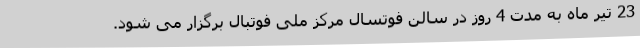
23 تیر ماه به مدت 4 روز در سالن فوتسال مرکز ملی فوتبال برگزار می شود.